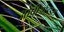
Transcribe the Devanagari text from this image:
ओपीओइड्स